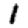
Digit: 1